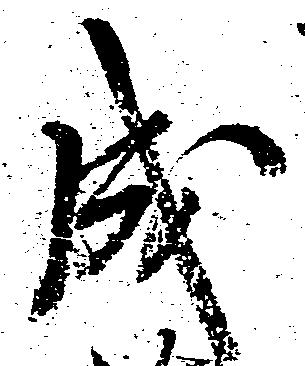
成